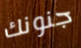
جنونك